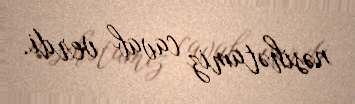
nəsihətamiz cavab verdi.